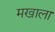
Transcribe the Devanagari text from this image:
मखाला